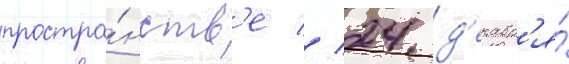
простра́нств'е // 24 д'екабр'я́